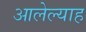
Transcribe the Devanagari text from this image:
आलेल्याह